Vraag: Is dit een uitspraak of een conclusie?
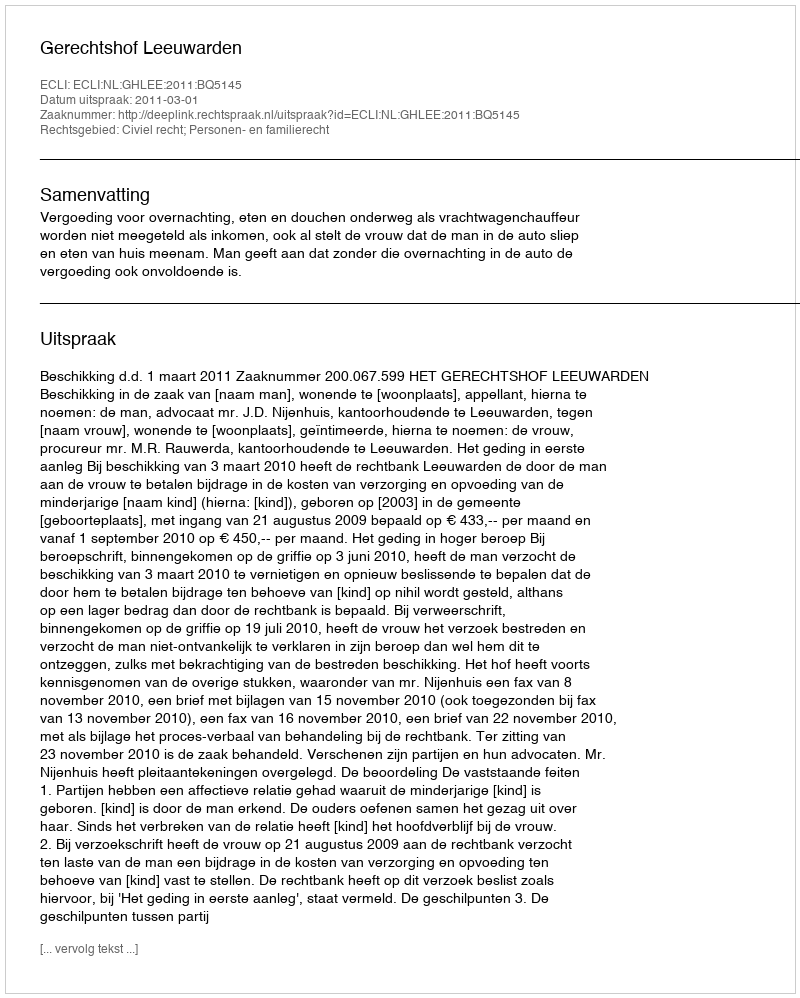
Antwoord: Uitspraak